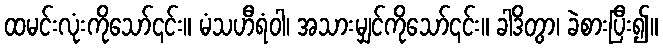
ထမင်းလုံးကိုသော်၎င်း။ မံသဟီရံဝါ၊ အသားမျှင်ကိုသော်၎င်း။ ခါဒိတွာ၊ ခဲစားပြီး၍။